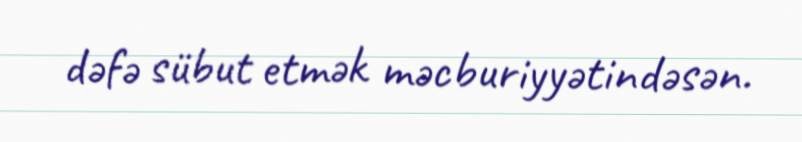
dəfə sübut etmək məcburiyyətindəsən.